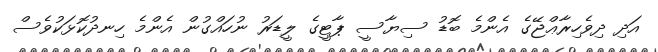
އަދި ދިވެހިރާޢްޖޭގެ އެންމެ ބޮޑު ސިޔާސީ ޕާޓީގެ ލީޑަރު ނުހައްގުން އެންމެ ހިނދުކޮޅަކުވެސް